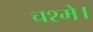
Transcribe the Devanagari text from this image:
चश्मे।